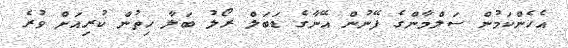
އެހެންކަމުން ސަލްމާންގެ ފޭނުން އޭނާގެ ޑަބަލް ރޯލު ބަލާ ހިތުން ކުރިއަށް ވުރެ